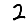
Digit: 2